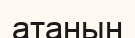
атанын